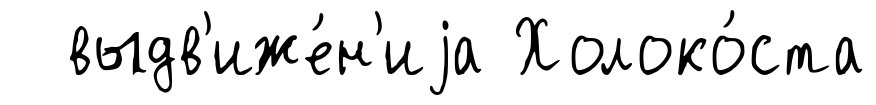
выдв'иже́н'иjа Холоко́ста